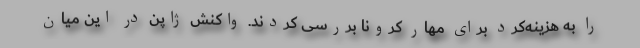
را به هزینه‌کرد برای مهار کرونا بررسی کردند. واکنش ژاپن در این میان